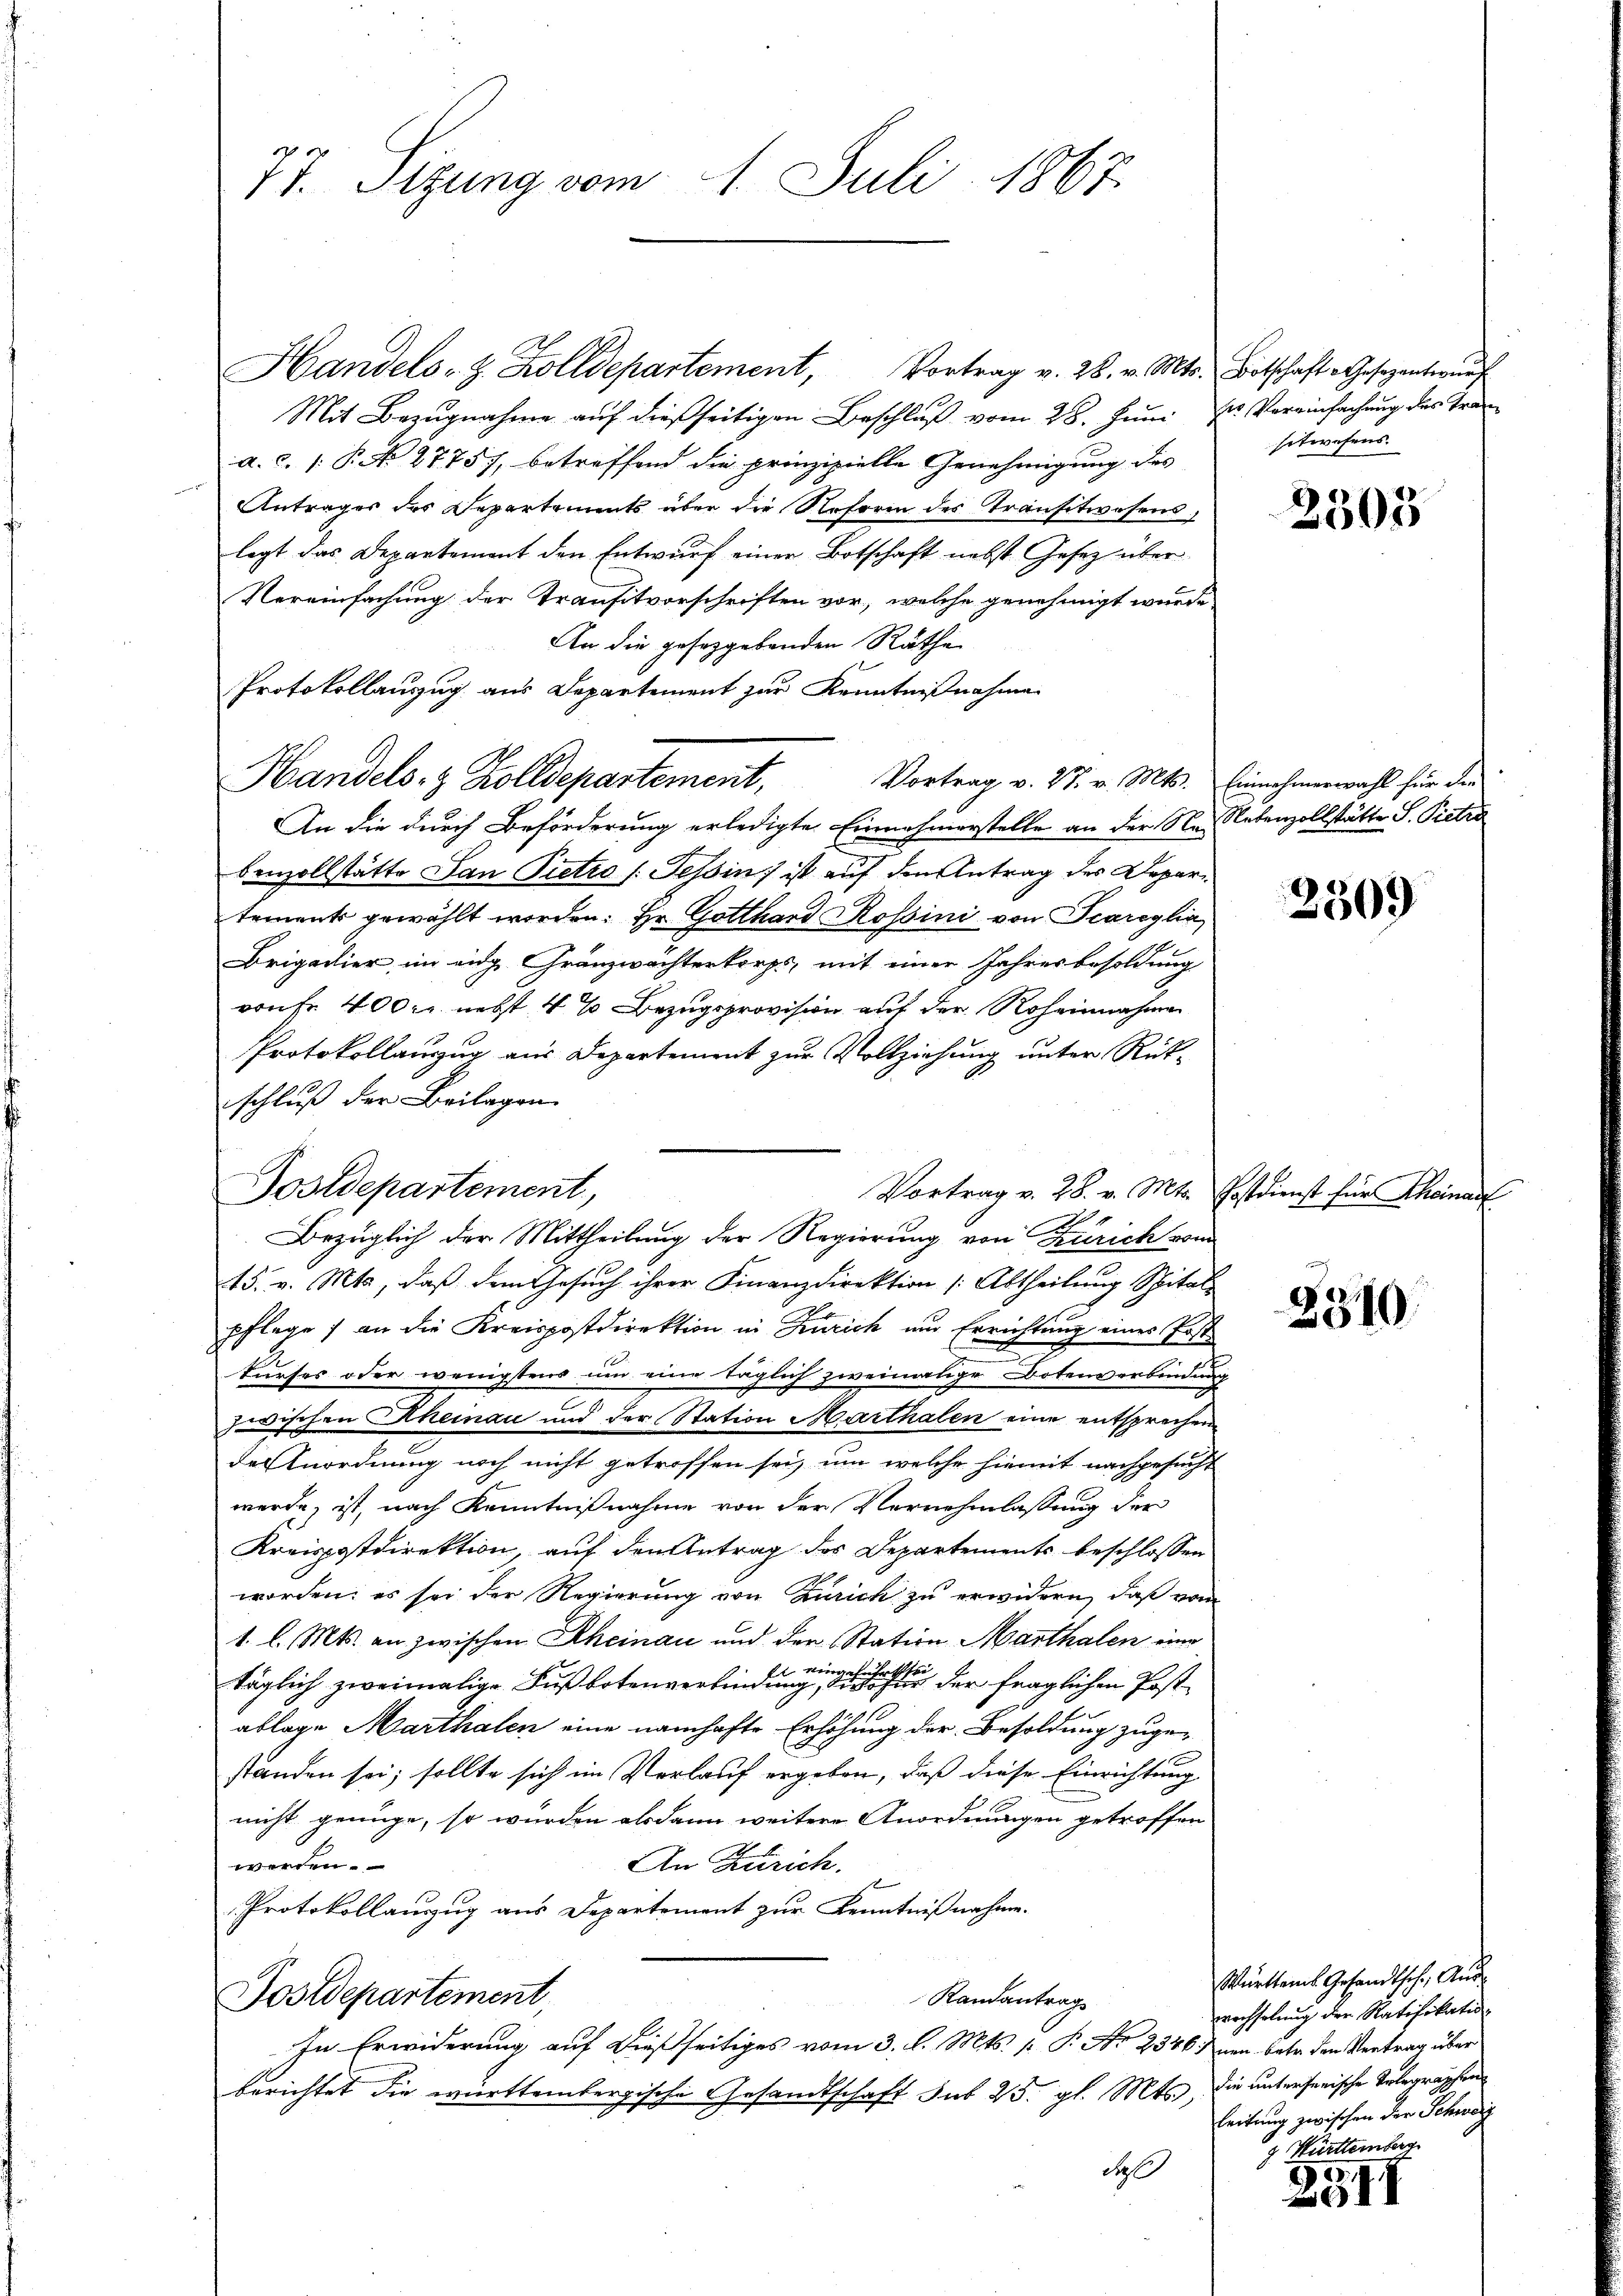
2
17. Sitzung vom 1. Juli 1867

Handels- & Zolldepartement, Vortrag v. 28. v. Mts. Botschaft Gesezentwŭrf
Mit Bezugnahme auf dießseitigen Beschluß vom 28. Juni zu Vereinfachung des Trena. c. (: P. N. 27757, betreffend die prinzipielle Genehmigung des
Antrages des Departements über die Reform des Transtwesens
legt das Departement den Entwurf einer Botschaft nebst Gesetz über
Nereinfachung der Transitvorschriften vor, welche genehmigt wurde
An die gesetzgebenden Räthe
Protokollauszug aus Departement zur Kenntnißnahme
Handels- & Zolldepartement, Vortrag v. 27. v. Mts. Einnahmerwahl für den
An die durch Beförderung erledigte Einnahmerstelle an der Neidetenzollstätte S. Pietra
benzollstätte San Pietro /: Tessin, ist auf den Antrag des Depari
tements gewählt worden. Er Gotthard Rossini von Scareylia
Brigadier, im eidg. Gränzwächterkorps, mit einer Jahresbesoldung
vonFr. 400 Fr. nebst 4 % Bezugsprovision auf der Roheinnahmen
Protokollauszug aus Departement zur Vollziehung unter Rückschluß der Beilagen.
Vortrag v. 28. v. Mts. Postdienst für Theinauf
15. v. Mts, daß dem Gesuch ihrer Finanzdirektion (Abtheilung Spital-
pflege, an die Kreispostdirektion in Zürich und Errichtung eines Post.
kurses oder wenigstens um eine täglich zweimalige Botenverbindung
zwischen Rheinau und der Station Marthalen eine entsprechen
der Anordnung noch nicht getroffen sei, um welche hiemit nachgesucht
werde, ist, nach Kenntnißnahme von der Vernehmlassung der
Kreispostdirektion, auf den Antrag des Departements beschlossen
worden; es sei der Regierung von Zürich zu erwidern, daß vom
1. l. Mts. an zwischen Rheinau und der Station Marthalen eine
sgeg
l
täglich zweimalige Fußbotenverbindung geht der fraglichen Postablage Marthalen eine namhafte Erhöhung der Besoldung zugestanden sei; sollte sich im Verlauf ergeben, daß diese Einrichtung
nicht genüge, so wurden alsdann weitere Anordnungen getroffen
werden.
An Zürich.
Protokollanzug aus Departement zur Kenntnißnahme.
Randantrag
Postdepartement,
In Erwiderung auf dießseitiges vom 3. d. Mts. 1. P. Nr. 2346 dann betr. den Vertrag über
berichtet die württembergische Gesandtschaft sub 25. gl. Mts., die unterserische Telegraphen
d

Postdepartement,
Bezüglich der Mittheilung der Regierung von Zürich vom

sitwesens.

2305

3509

3310

Württems Gesandtsch, Ausrechselung der Ratifikatio
leitung zwischen der Schweiz
z. Württemberg

1
ZGII